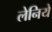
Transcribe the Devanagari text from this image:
लेनिये